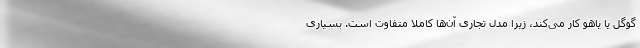
گوگل یا یاهو کار می‌کند، زیرا مدل تجاری آن‌ها کاملا متفاوت است. بسیاری